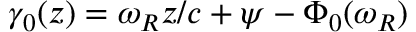
\gamma _ { 0 } ( z ) = \omega _ { R } z / c + \psi - \Phi _ { 0 } ( \omega _ { R } )